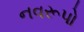
નવરૂપો